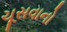
ચૂસવાનો